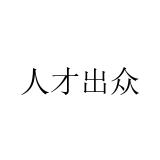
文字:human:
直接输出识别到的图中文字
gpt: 人才出众